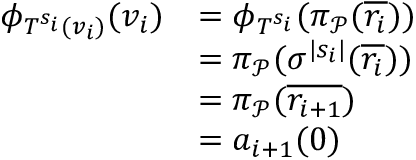
\begin{array} { r l } { \phi _ { T ^ { s _ { i } } ( v _ { i } ) } ( v _ { i } ) } & { = \phi _ { T ^ { s _ { i } } } ( \pi _ { \mathcal { P } } ( \overline { { r _ { i } } } ) ) } \\ & { = \pi _ { \mathcal { P } } ( \sigma ^ { | s _ { i } | } ( \overline { { r _ { i } } } ) ) } \\ & { = \pi _ { \mathcal { P } } ( \overline { { r _ { i + 1 } } } ) } \\ & { = a _ { i + 1 } ( 0 ) } \end{array}